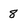
Character: 8